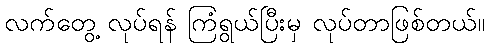
လက်တွေ့ လုပ်ရန် ကြံရွယ်ပြီးမှ လုပ်တာဖြစ်တယ်။